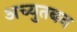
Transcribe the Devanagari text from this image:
अच्युतबन